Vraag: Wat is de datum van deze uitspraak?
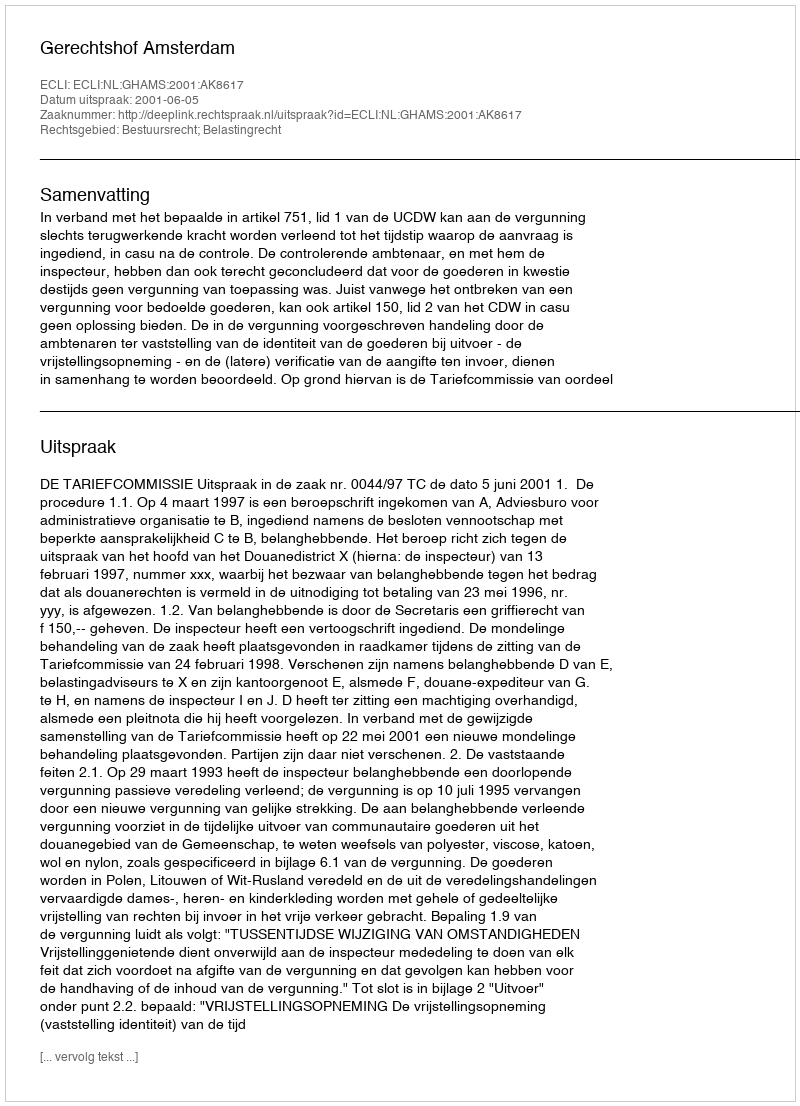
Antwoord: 2001-06-05